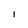
Character: l